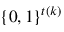
\{ 0 , 1 \} ^ { t ( k ) }